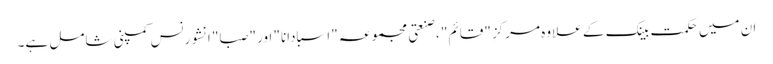
ان میں حکمت بینک کے علاوہ مرکزِ "قائم" ، صنعتی مجموعہ "اسبادانا" اور "صبا" انشورنس کمپنی شامل ہے۔